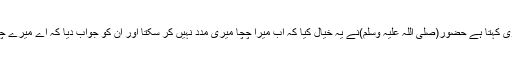
راوی کہتا ہے حضور(صلی اللہ علیہ وسلم)نے یہ خیال کیا کہ اب میرا چچا میری مدد نہیں کر سکتا اور ان کو جواب دیا کہ اے میرے چچا!